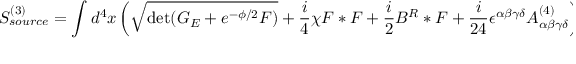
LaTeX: S _ { s o u r c e } ^ { ( 3 ) } = \int d ^ { 4 } x \left( \sqrt { \operatorname * { d e t } ( G _ { E } + e ^ { - \phi / 2 } { \cal F } ) } + { \frac { i } { 4 } } \chi { \cal F } * { \cal F } + { \frac { i } { 2 } } B ^ { R } * { \cal F } + { \frac { i } { 2 4 } } \epsilon ^ { \alpha \beta \gamma \delta } A _ { \alpha \beta \gamma \delta } ^ { ( 4 ) } \right) ,